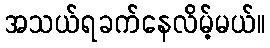
အသယ်ရခက်နေလိမ့်မယ်။